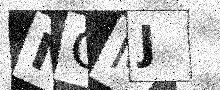
Text: NGMJ